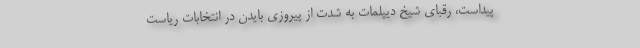
پیداست، رقبای شیخ دیپلمات به شدت از پیروزی بایدن در انتخابات ریاست